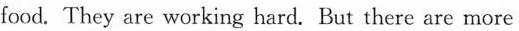
food. They are working hard. But there are more